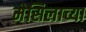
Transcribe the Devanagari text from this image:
मेसिलाच्या